Report on vaccination proceedings throughout the Government of Bengal -
Year: 1868
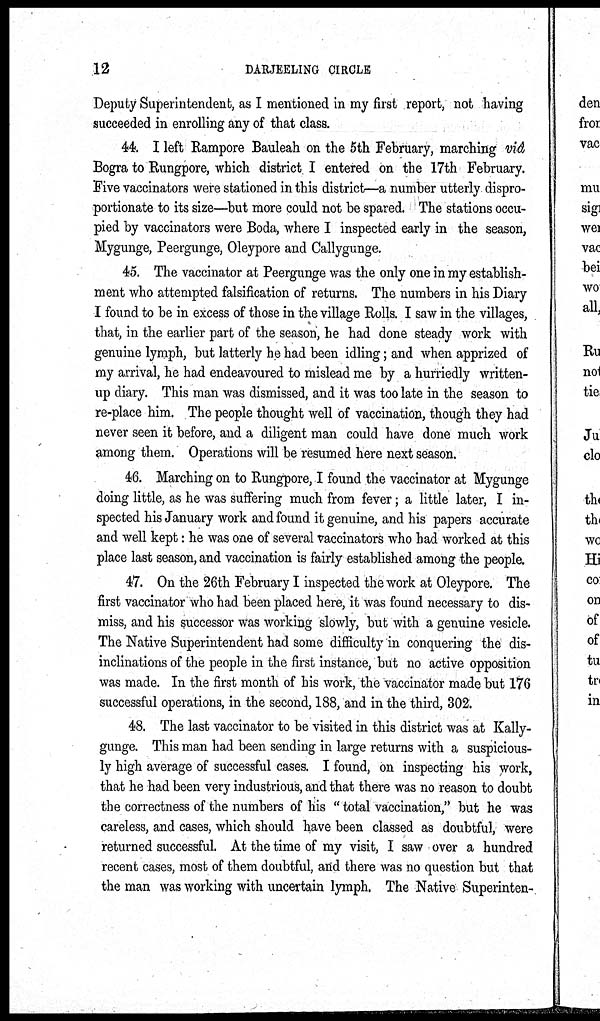
12
DARJEELING CIRCLE
Deputy Superintendent, as I mentioned in my first report, not having
succeeded in enrolling any of that class.
44. I left Rampore Bauleah on the 5th February, marching viâ
Bogra to Rungpore, which district I entered on the 17th February.
Five vaccinators were stationed in this district—a number utterly dispro-
portionate to its size—but more could not be spared. The stations occu-
pied by vaccinators were Boda, where I inspected early in the season,
Mygunge, Peergunge, Oleypore and Callygunge.
45. The vaccinator at Peergunge was the only one in my establish-
ment who attempted falsification of returns. The numbers in his Diary
I found to be in excess of those in the village Rolls. I saw in the villages,
that, in the earlier part of the season, he had done steady work with
genuine lymph, but latterly he had been idling; and when apprized of
my arrival, he had endeavoured to mislead me by a hurriedly written-
up diary. This man was dismissed, and it was too late in the season to
re-place him. The people thought well of vaccination, though they had
never seen it before, and a diligent man could have done much work
among them. Operations will be resumed here next season.
46. Marching on to Rungpore, I found the vaccinator at Mygunge
doing little, as he was suffering much from fever; a little later, I in-
spected his January work and found it genuine, and his papers accurate
and well kept: he was one of several vaccinators who had worked at this
place last season, and vaccination is fairly established among the people.
47. On the 26th February I inspected the work at Oleypore. The
first vaccinator who had been placed here, it was found necessary to dis-
miss, and his successor was working slowly, but with a genuine vesicle.
The Native Superintendent had some difficulty in conquering the dis-
inclinations of the people in the first instance, but no active opposition
was made. In the first month of his work, the vaccinator made but 176
successful operations, in the second, 188, and in the third, 302.
48. The last vaccinator to be visited in this district was at Kally-
gunge. This man had been sending in large returns with a suspicious-
ly high average of successful cases. I found, on inspecting his work,
that he had been very industrious, and that there was no reason to doubt
the correctness of the numbers of his " total vaccination," but he was
careless, and cases, which should have been classed as doubtful, were
returned successful. At the time of my visit, I saw over a hundred
recent cases, most of them doubtful, and there was no question but that
the man was working with uncertain lymph. The Native Superinten-